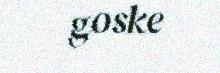
goske